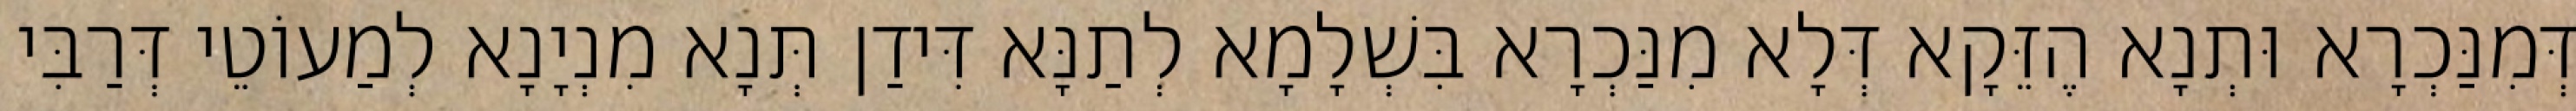
דְּמִנַּכְרָא וּתְנָא הֶזֵּקָא דְּלָא מִנַּכְרָא בִּשְׁלָמָא לְתַנָּא דִּידַן תְּנָא מִנְיָנָא לְמַעוֹטֵי דְּרַבִּי